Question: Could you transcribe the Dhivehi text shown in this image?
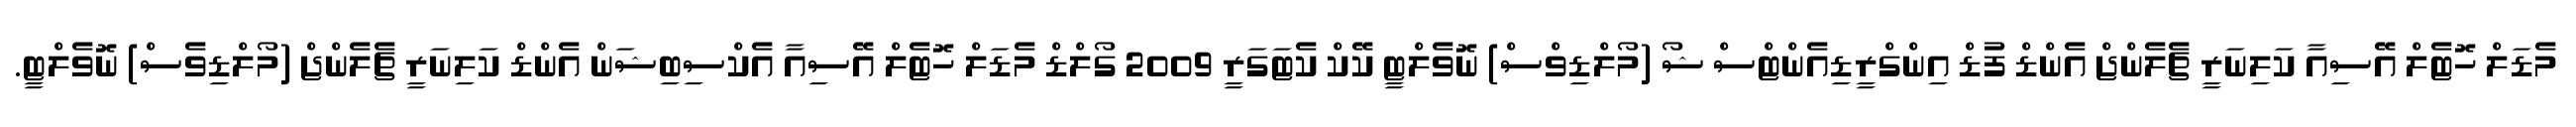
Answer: މެޑަލް ހޮޓެލް އޭސިއާ ކަލިނަރީ ޗެލެންޖް އެންޑް ފުޑް އިންގްރީޑިއެންޓްސް ޝޯ (މޯލްޑިވްސް) ނޮވެލްޓީ ކޭކް ކެޓަގަރީ 2009 ގޯލްޑް މެޑަލް ހޮޓެލް އޭސިއާ އެކްސިބިޝަން އެންޑް ކަލިނަރީ ޗެލެންޖް (މޯލްޑިވެސް) ނޮވެލްޓީ.